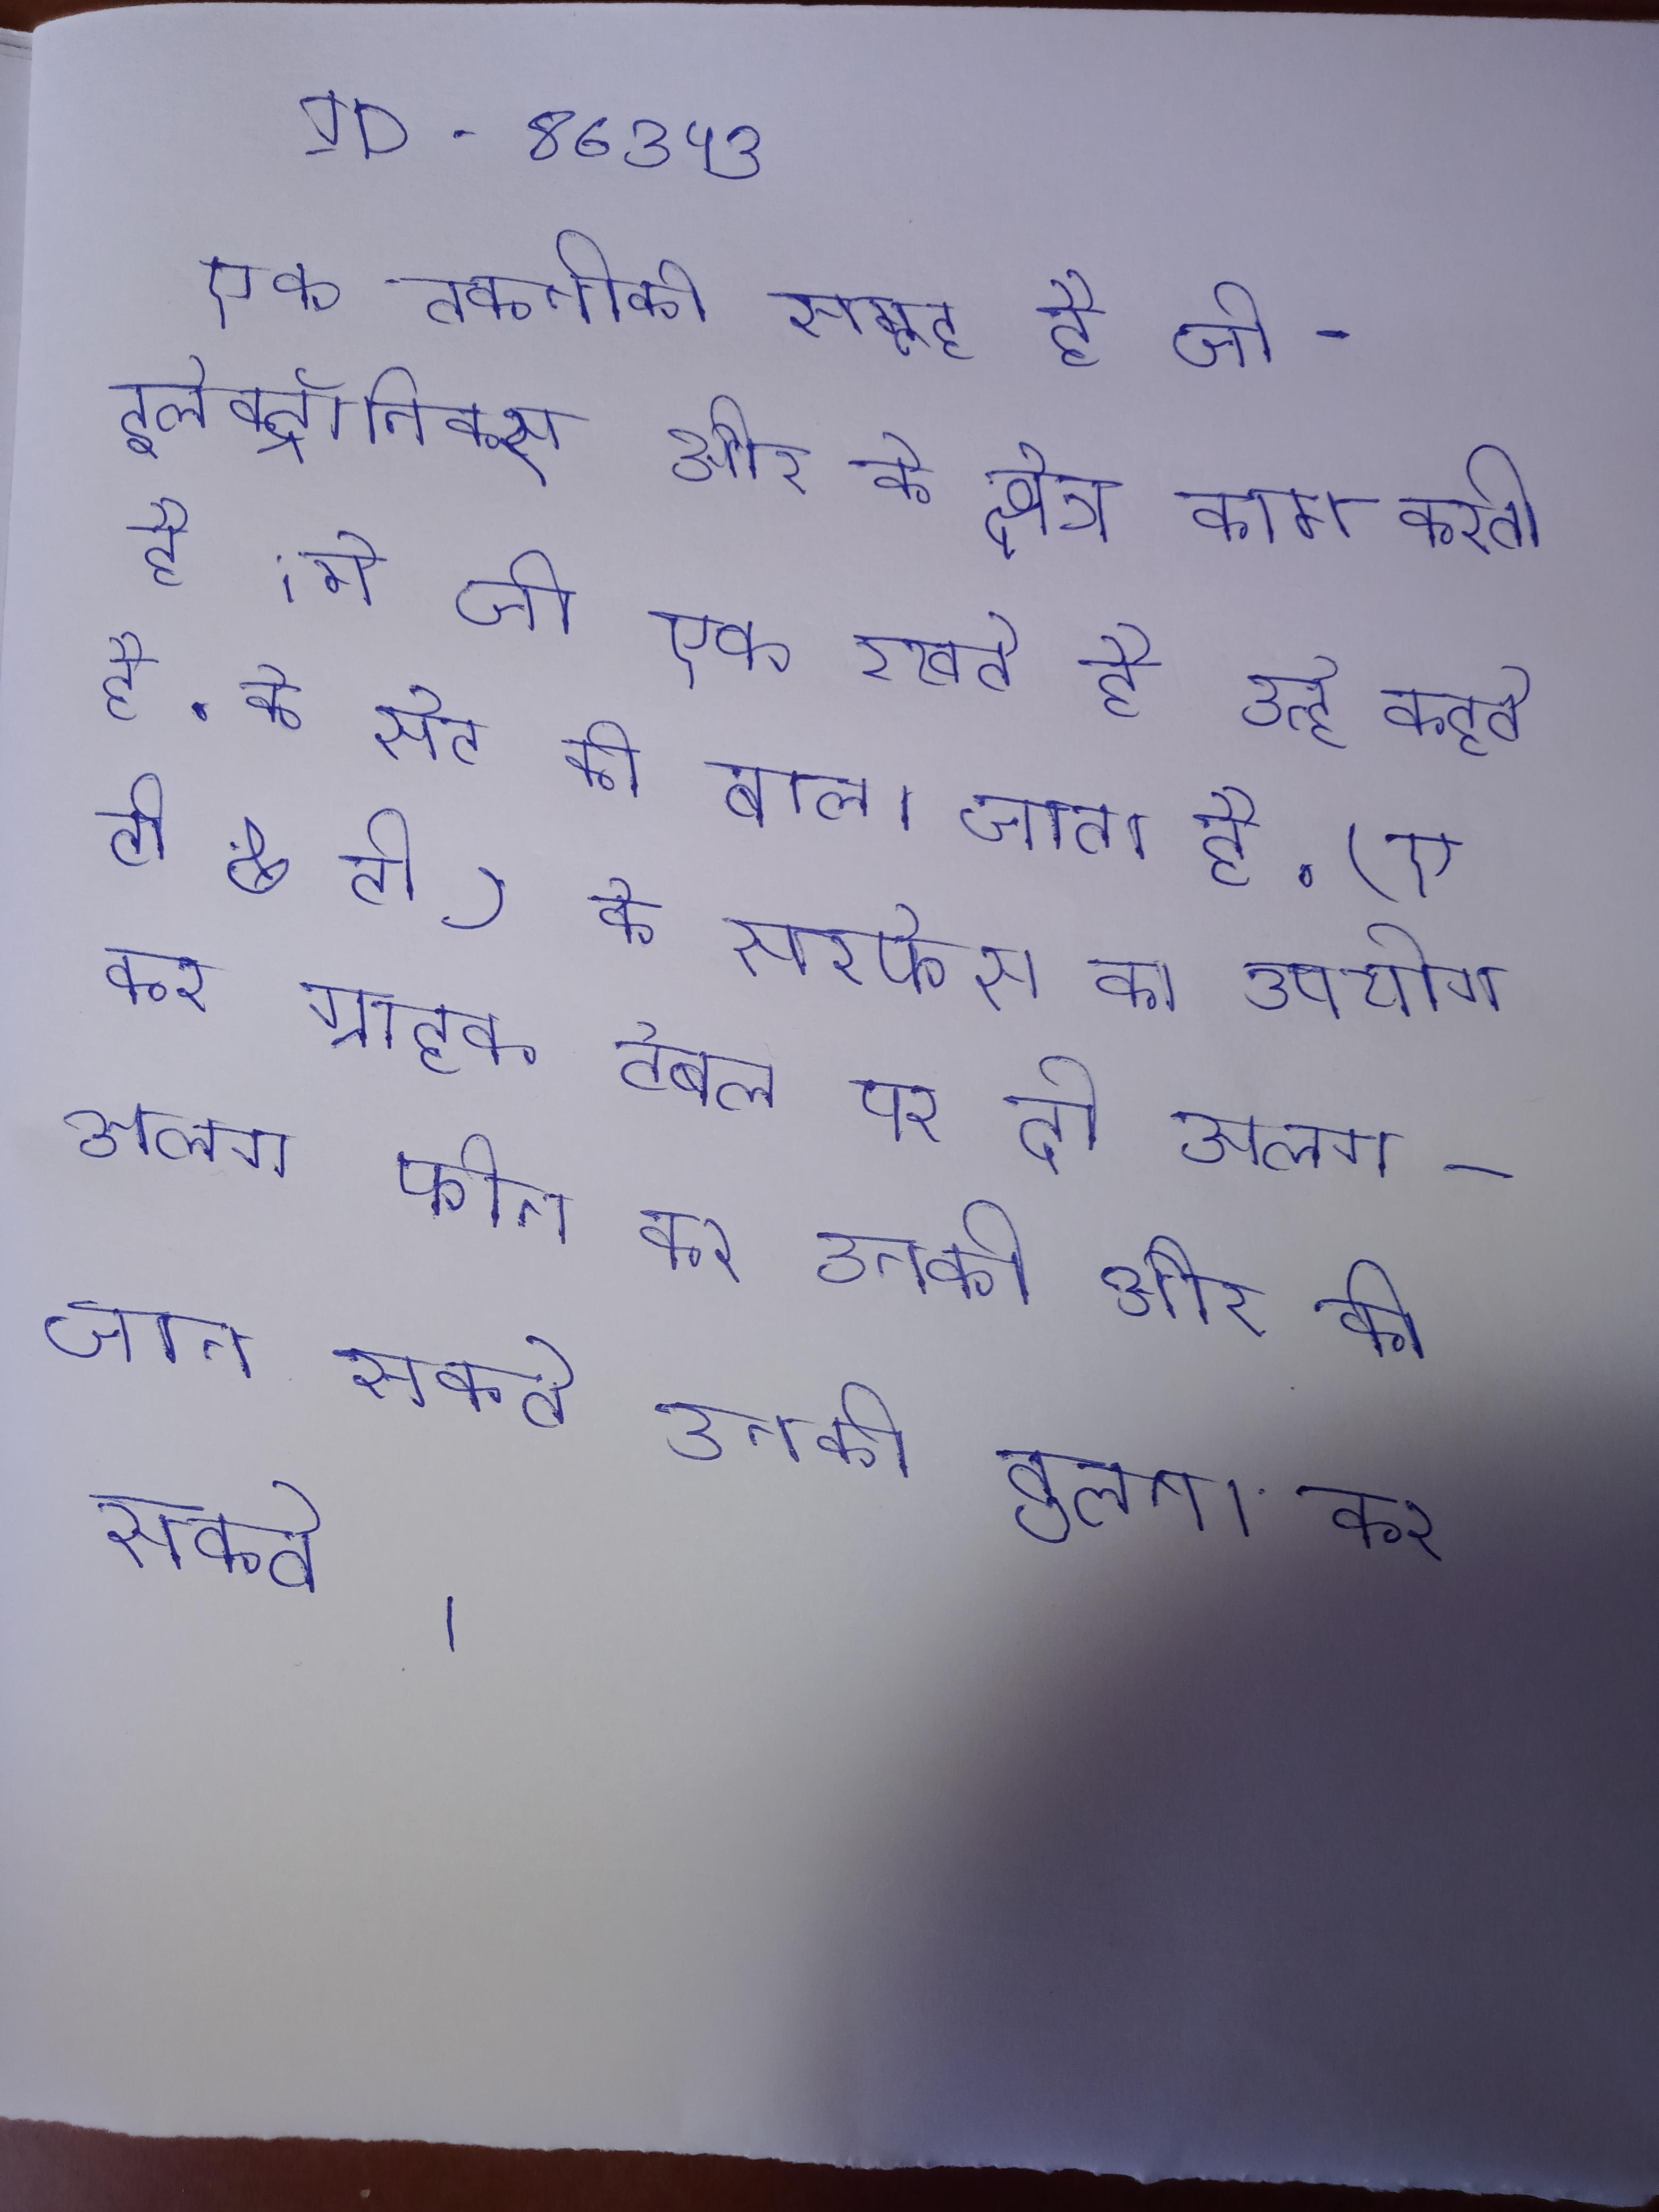
एक तकनीकी समूह है जो इलेक्ट्रॉनिक्स और के क्षेत्र काम करती है । मे जो एक रखते है उन्हे कहते है. के सेट को बोला जाता है . (ए टी & टी) के सरफेस का उपयोग कर ग्राहक टेबल पर दो अलग-अलग फोन कर उनकी और को जान सकते उनकी तुलना कर सकते ।